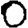
Digit: 0